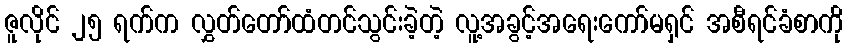
ဇူလိုင် ၂၅ ရက်က လွှတ်တော်ထံတင်သွင်းခဲ့တဲ့ လူ့အခွင့်အရေးကော်မရှင် အစီရင်ခံစာကို